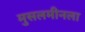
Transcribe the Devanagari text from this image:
मुसलमीनला